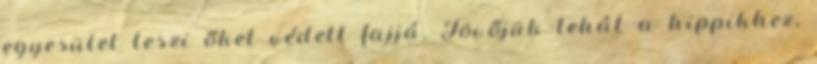
egyesület teszi őket védett fajjá. Jövőjük tehát a hippikhez,